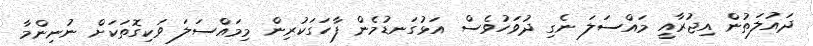
ދައުލަތުން އިޖުރާއީ މައްސަލަ ނެގި ދުވަހުވެސް އަޅުގަނޑުމެން ފާހަގަކުރިން މިމައްސަލަ ވަކިގޮތަކަށް ނުނިންމާ